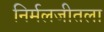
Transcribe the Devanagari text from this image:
निर्मलजीतला